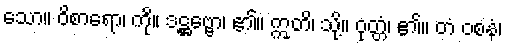
သော။ ဝိစာရော၊ ကို။ ဒဋ္ဌဗ္ဗော၊ ၏။ ဣတိ၊ သို့။ ဝုတ္တံ၊ ၏။ တံ ဝစနံ၊